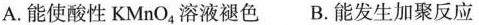
A.能使酸性KMnO_{4}溶液褪色 B.能发生加聚反应